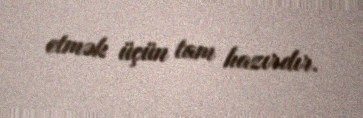
etmək üçün tam hazırdır.